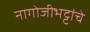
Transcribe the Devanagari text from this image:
नागोजीभट्टांचे